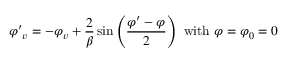
{ \varphi ^ { \prime } } _ { v } = - \varphi _ { v } + { \frac { 2 } { \beta } } \sin \left( { \frac { \varphi ^ { \prime } - \varphi } { 2 } } \right) { \mathrm { ~ w i t h ~ } } \varphi = \varphi _ { 0 } = 0